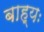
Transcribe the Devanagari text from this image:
बाह्यः